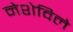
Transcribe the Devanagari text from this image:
नेशेविले